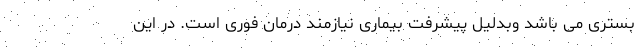
بستری می باشد وبدلیل پیشرفت بیماری نیازمند درمان فوری است. در این